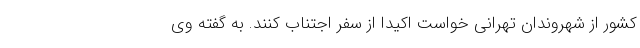
کشور از شهروندان تهرانی خواست اکیدا از سفر اجتناب کنند. به گفته وی